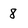
Character: 8